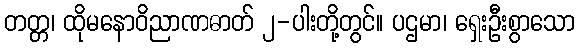
တတ္တ၊ ထိုမနောဝိညာဏဓာတ် ၂-ပါးတို့တွင်။ ပဌမာ၊ ရှေးဦးစွာသော